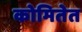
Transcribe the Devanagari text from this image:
कोमितेत